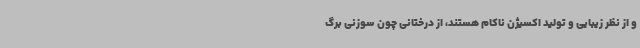
و از نظر زیبایی و تولید اکسیژن ناکام هستند، از درختانی چون سوزنی برگ